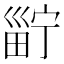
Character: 𤲑